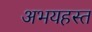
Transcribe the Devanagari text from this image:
अभयहस्त